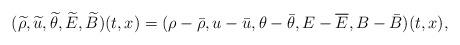
LaTeX: \begin{align*}{(\widetilde{\rho},\widetilde{u},\widetilde{\theta},\widetilde{E},\widetilde{B})(t,x)=(\rho-\bar{\rho},u-\bar{u},\theta-\bar{\theta},E-\overline{E},B-\bar{B})(t,x),}\end{align*}